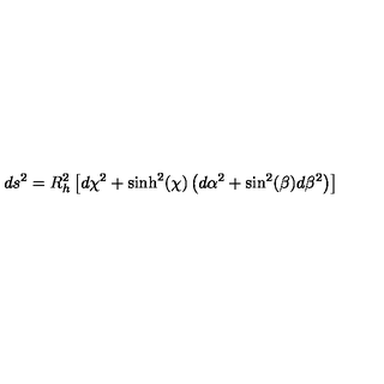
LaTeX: d s ^ { 2 } = R _ { h } ^ { 2 } \left[ d \chi ^ { 2 } + \sinh ^ { 2 } ( \chi ) \left( d \alpha ^ { 2 } + \sin ^ { 2 } ( \beta ) d \beta ^ { 2 } \right) \right]